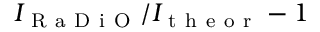
I _ { \mathrm { ~ R ~ a ~ D ~ i ~ O ~ } } / I _ { \mathrm { ~ t ~ h ~ e ~ o ~ r ~ } } - 1